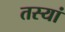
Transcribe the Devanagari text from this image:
तस्यां